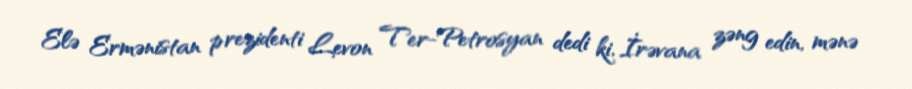
Elə Ermənistan prezidenti Levon Ter-Petrosyan dedi ki, İrəvana zəng edin, mənə